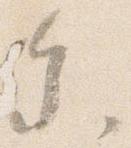
参